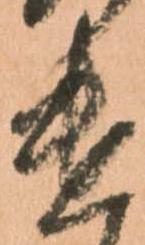
遣